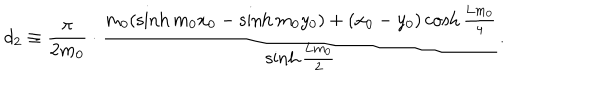
d _ { 2 } \equiv \frac { \pi } { 2 m _ { 0 } } \cdot \frac { m _ { 0 } ( \sinh { m _ { 0 } x _ { 0 } } - \sinh { m _ { 0 } y _ { 0 } } ) + ( x _ { 0 } - y _ { 0 } ) \cosh { \frac { \mathrm { L } m _ { 0 } } { 4 } } } { \sinh { \frac { \mathrm { L } m _ { 0 } } { 2 } } } .